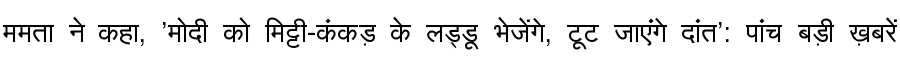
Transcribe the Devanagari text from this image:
ममता ने कहा, 'मोदी को मिट्टी-कंकड़ के लड्डू भेजेंगे, टूट जाएंगे दांत': पांच बड़ी ख़बरें